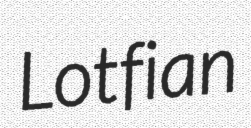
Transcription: Lotfian